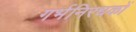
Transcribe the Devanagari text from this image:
गर्भनिरधकों